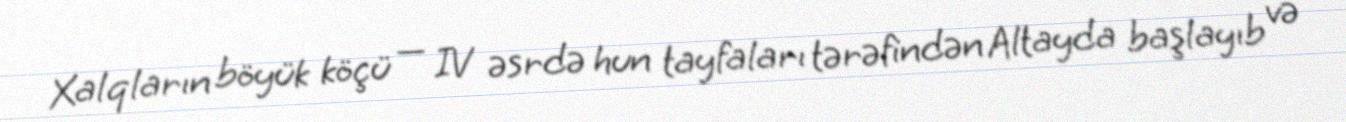
Xalqların böyük köçü — IV əsrdə hun tayfaları tərəfindən Altayda başlayıb və